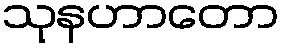
သုနဟာတော